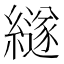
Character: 繸